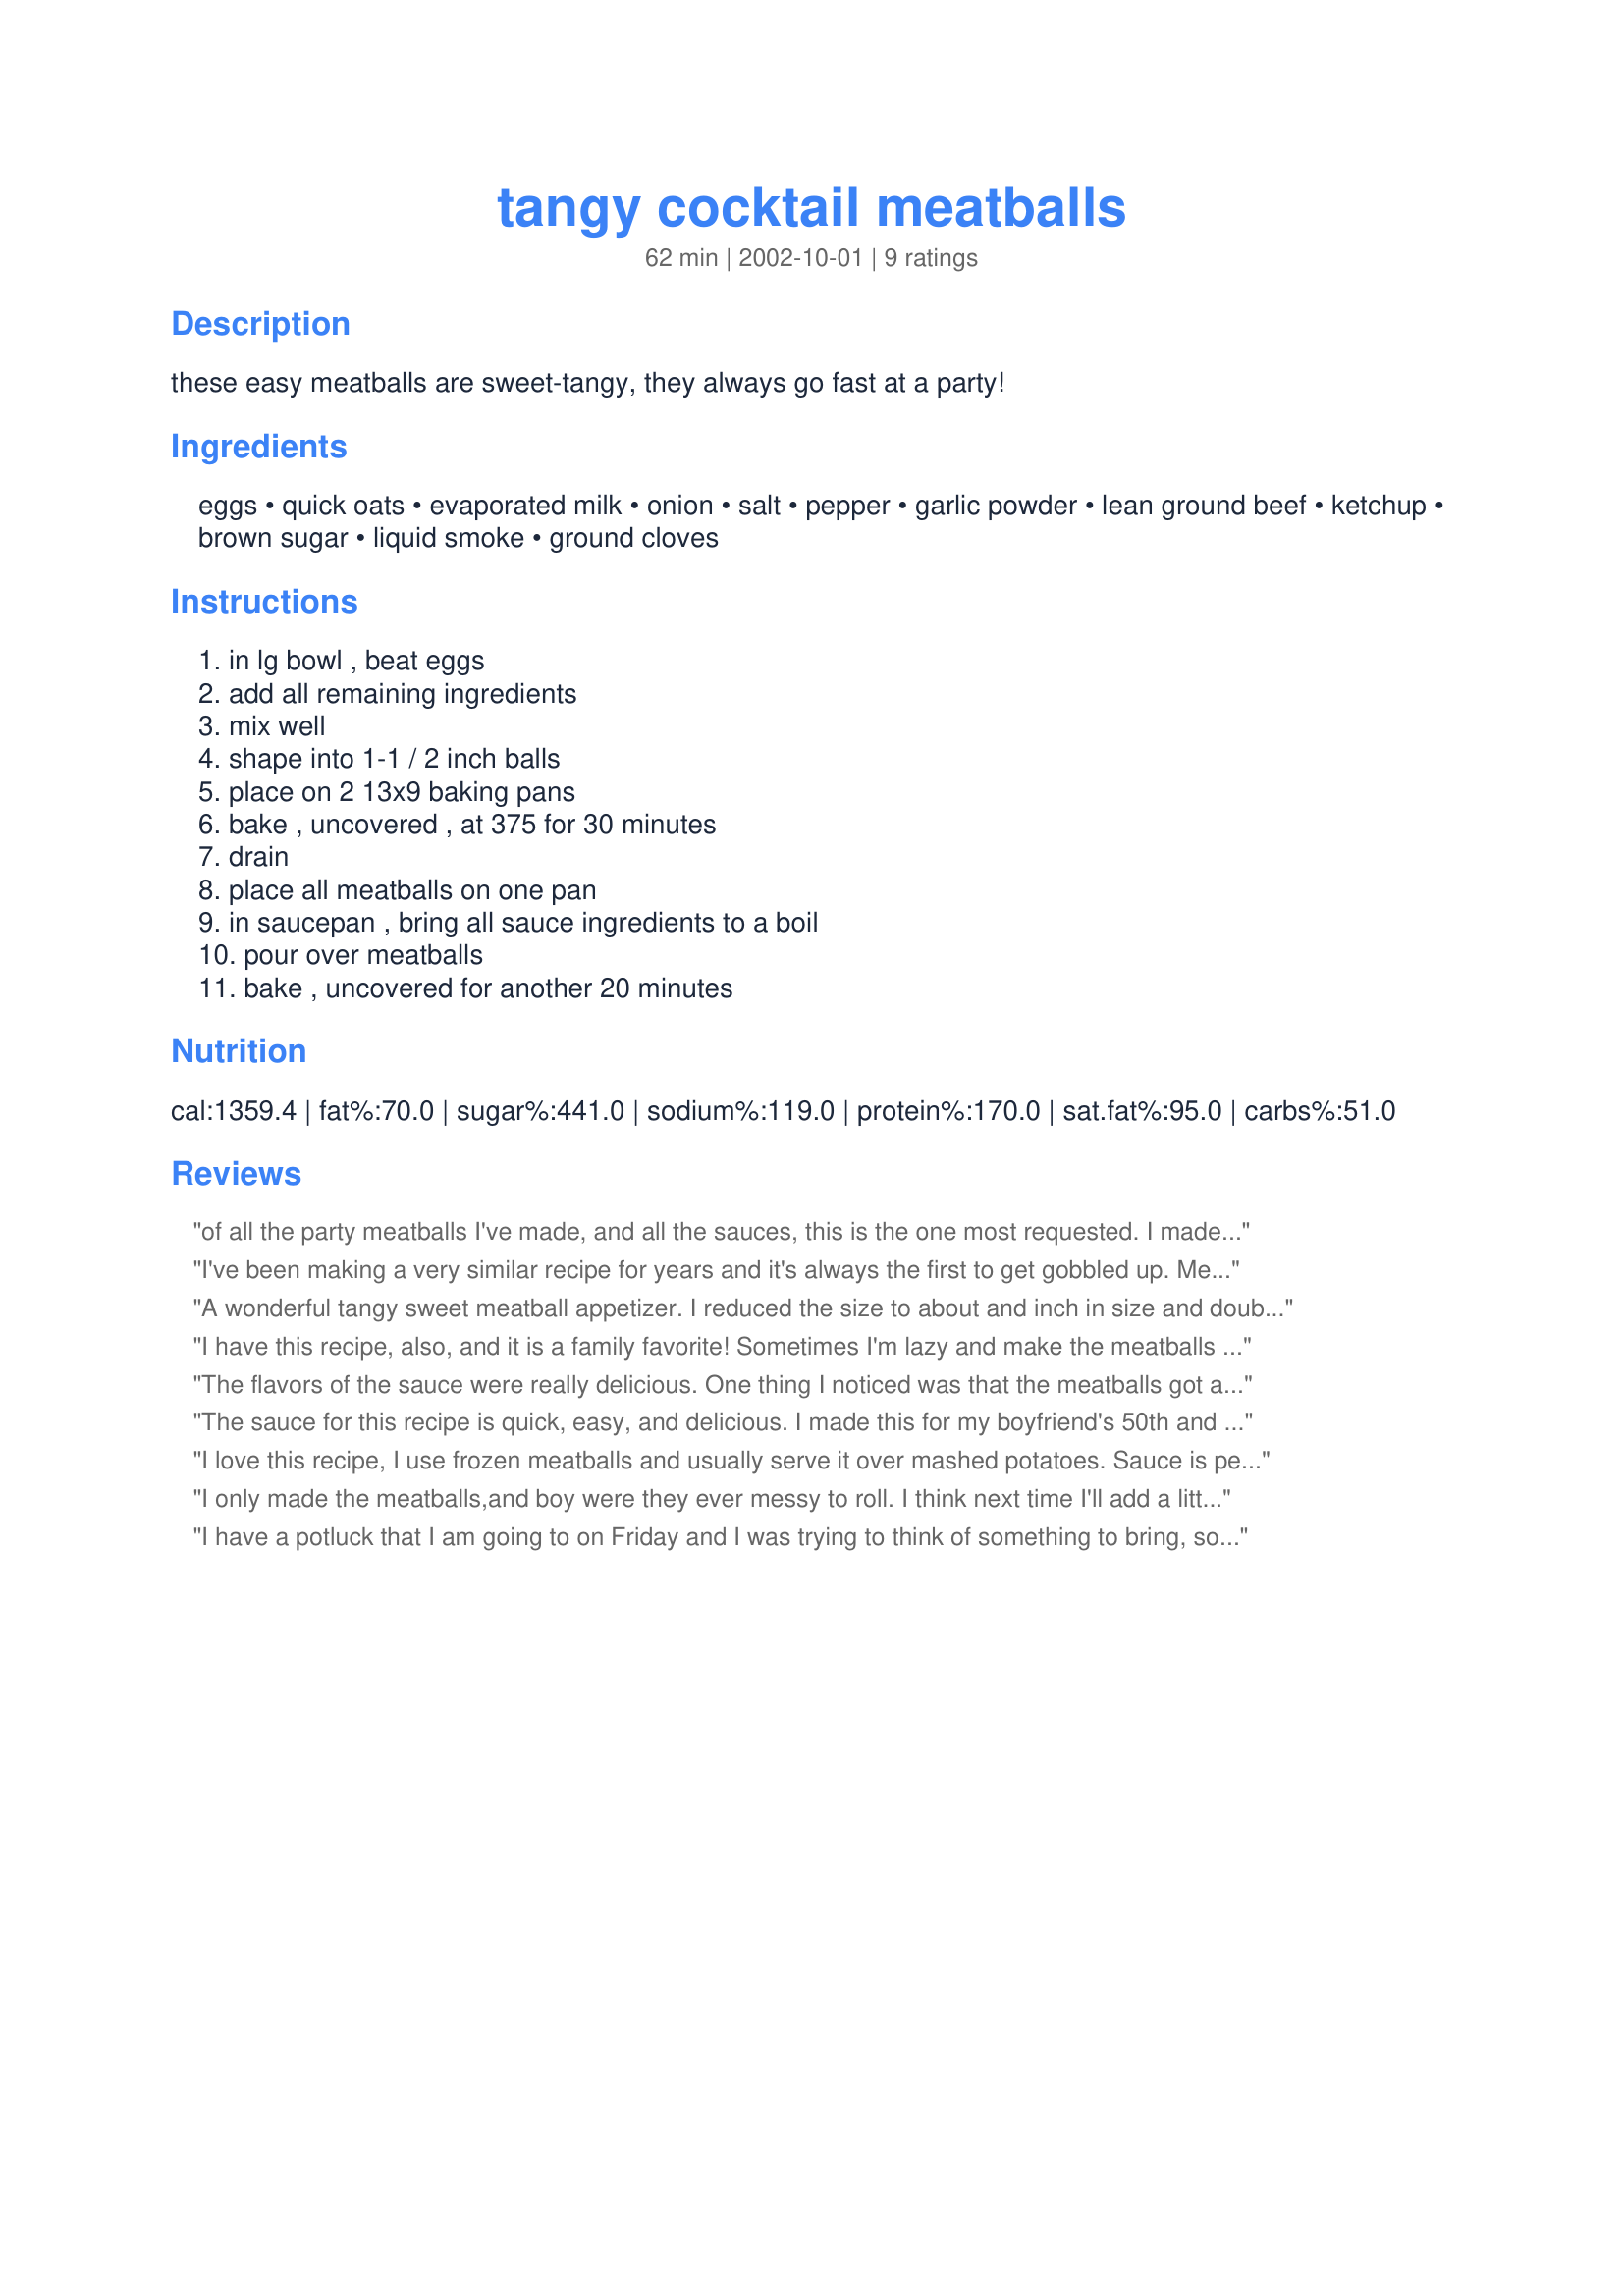
tangy cocktail meatballs
Preparation time: 62 minutes

these easy meatballs are sweet-tangy, they always go fast at a party!

Ingredients:
eggs, quick oats, evaporated milk, onion, salt, pepper, garlic powder, lean ground beef, ketchup, brown sugar, liquid smoke, ground cloves

Steps:
in lg bowl , beat eggs, add all remaining ingredients, mix well, shape into 1-1 / 2 inch balls, place on 2 13x9 baking pans, bake , uncovered , at 375 for 30 minutes, drain, place all meatballs on one pan, in saucepan , bring all sauce ingredients to a boil, pour over meatballs, bake , uncovered for another 20 minutes

Reviews:
of all the party meatballs I've made, and all the sauces, this is the one most requested. I made over 12 sample sauces and this is the one everyone picked out each time. Thanks for sharing
I've been making a very similar recipe for years and it's always the first to get gobbled up. Men really like them. I cheat by using purchaed frozen homestyle meatballs. I put the frozen meatballs in my big crockpot, mix up the sauce and pour it over the meatballs. It's ready in a couple hours. I also add little hot sauce to the sauce to give it a bit of a tingle.
A wonderful tangy sweet meatball appetizer. I reduced the size to about and inch in size and doubled the amt. of meatballs.
I have this recipe, also, and it is a family favorite! Sometimes I'm lazy and make the meatballs a bit bigger just because they are so messy and it makes A LOT. The ones in the photo are a little bigger. Also, my recipe just says chopped onions but I liked *minced* much better, as this recipe calls for. I will be sure to mince the onions next time! They are messy to make but so very good!
The flavors of the sauce were really delicious. One thing I noticed was that the meatballs got a little tough but the flavor was great and next time I just won't cook it so long. I didn't have quick oats so used regular old fashioned and it worked just fine. I also did not use a full can of milk because it just seemed like too much. I took these for a finger-foods party adn they got rave reviews.
The sauce for this recipe is quick, easy, and delicious. I made this for my boyfriend's 50th and they were a hit. They were devoured and I received many compliments.
I love this recipe, I use frozen meatballs and usually serve it over mashed potatoes. Sauce is perfect. If you're looking to change it up add some worcestershire into the sauce. Different taste, just as good.
I only made the meatballs,and boy were they ever messy to roll. I think next time I'll add a little less milk. I will try your sauce next time also.
I have a potluck that I am going to on Friday and I was trying to think of something to bring, so of course I turned to zaar for ideas. I came across this recipe...again. I had completely forgotten that I made these to bring to my brother's house last Thanksgiving and they were a huge hit! They were such a hit that no one really wanted to eat the turkey when it was ready because they were full from eating the entire crock pot full of meatballs. I will definitely be bringing these to Friday's shindig. Thanks for posting!
